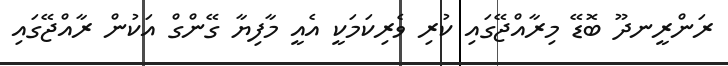
ރަންރީނދޫ ބޮޑޭ މިރާއްޖޭގައި ކުރި ވެރިކަމަކީ އެއީ މާފިޔާ ގޭންގް އަކުން ރާއްޖޭގައި